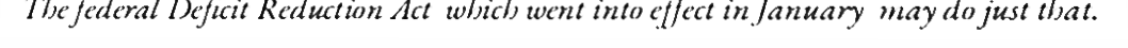
The federal Deficit Reduction Act  which went into effect in January  may do just that.